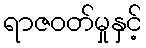
ရာဇဝတ်မှုနှင့်